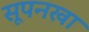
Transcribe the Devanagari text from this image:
सूपनखा